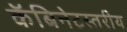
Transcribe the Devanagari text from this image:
कॅबिनेटस्तरीय